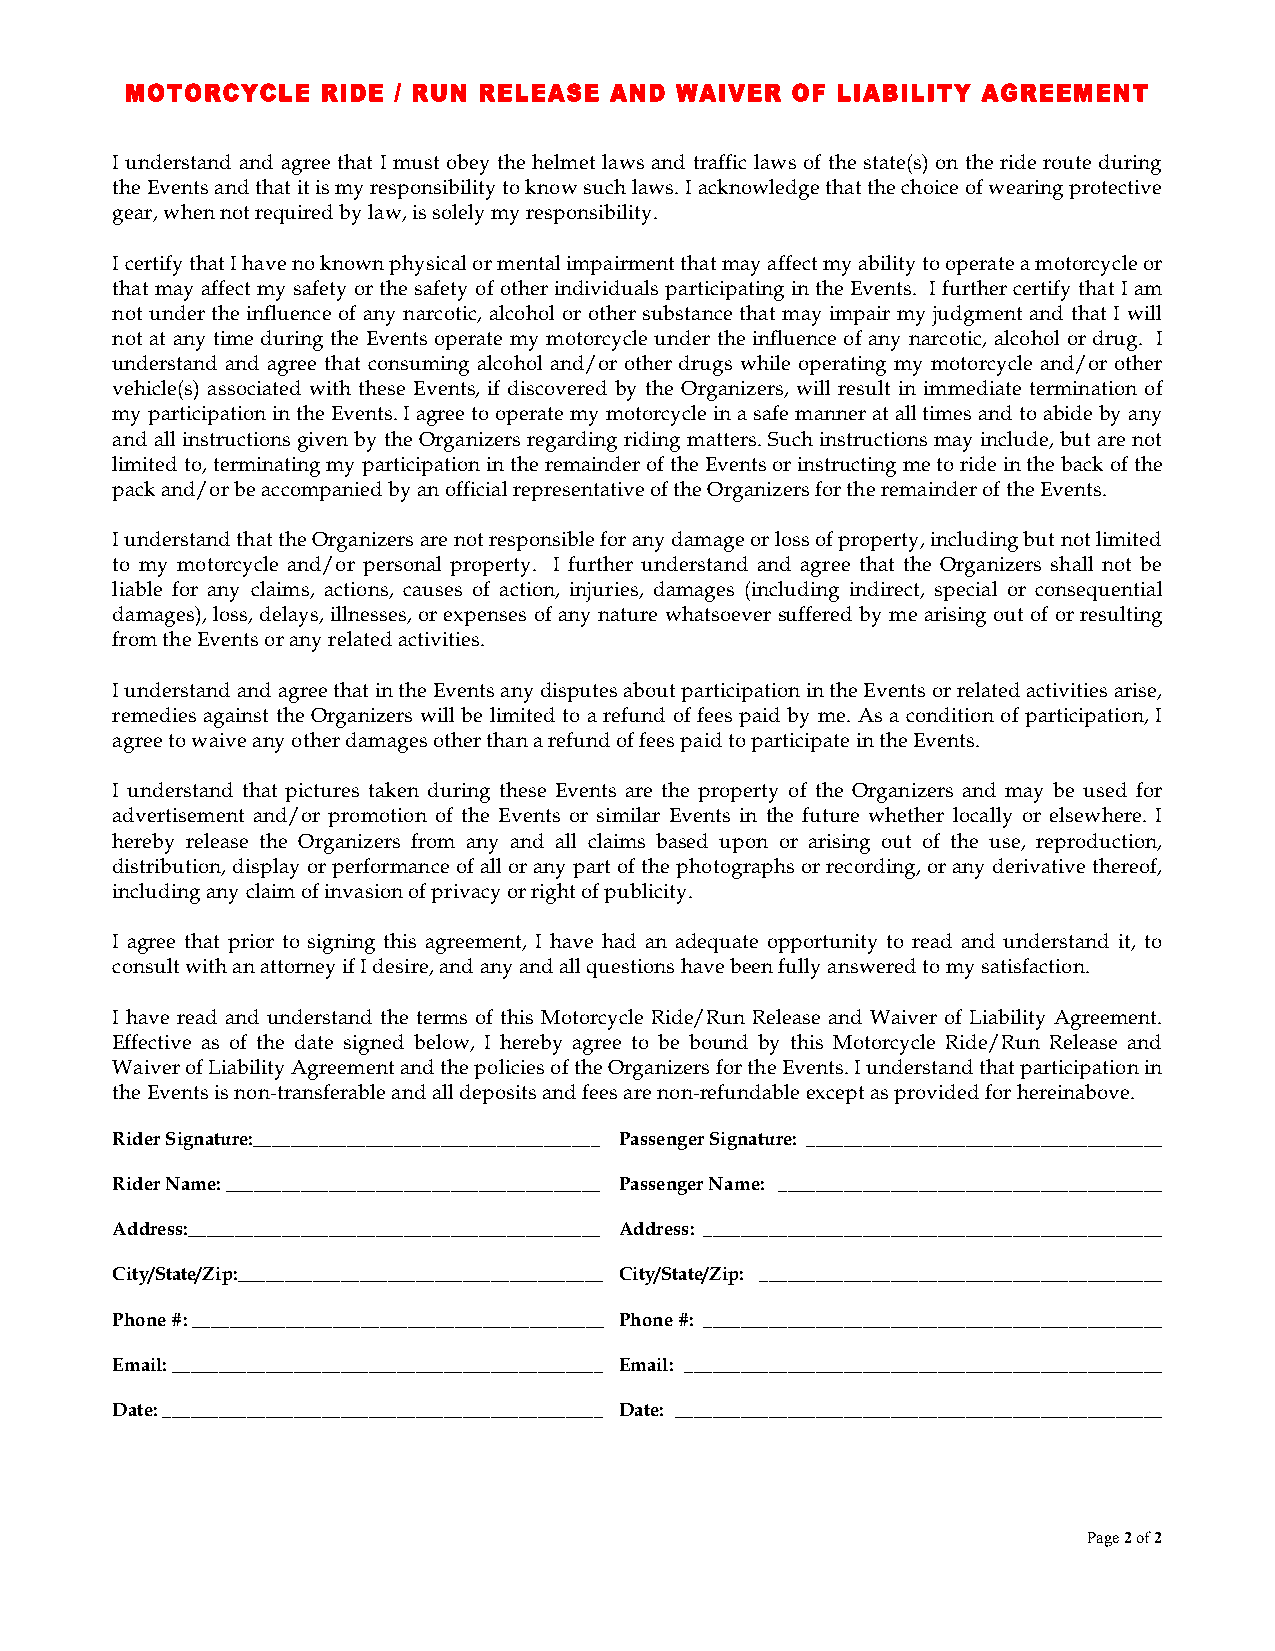
MOTORCYCLE   RIDE / RUN RELEASE AND  WAIVER OF LIABILITY AGREEMENT
 I understand and agree that I must obey the helmet laws and traffic laws of the state(s) on the ride route during
 the Events and that it is my responsibility to know such laws. I acknowledge that the choice of wearing protective
 gear, when not required by law, is solely my responsibility.
 I certify that I have no known physical or mental impairment that may affect my ability to operate a motorcycle or
 that may affect my safety or the safety of other individuals participating in the Events. I further certify that I am
 not under the influence of any narcotic, alcohol or other substance that may impair my judgment and that I will
 not at any time during the Events operate my motorcycle under the influence of any narcotic, alcohol or drug. I
 understand and agree that consuming alcohol and/or other drugs while operating my motorcycle and/or other
 vehicle(s) associated with these Events, if discovered by the Organizers, will result in immediate termination of
 my participation in the Events. I agree to operate my motorcycle in a safe manner at all times and to abide by any
 and all instructions given by the Organizers regarding riding matters. Such instructions may include, but are not
 limited to, terminating my participation in the remainder of the Events or instructing me to ride in the back of the
 pack and/or be accompanied by an official representative of the Organizers for the remainder of the Events.
 I understand that the Organizers are not responsible for any damage or loss of property, including but not limited
 to my motorcycle and/or personal property. I further understand and agree that the Organizers shall not be
 liable for any claims, actions, causes of action, injuries, damages (including indirect, special or consequential
 damages), loss, delays, illnesses, or expenses of any nature whatsoever suffered by me arising out of or resulting
 from the Events or any related activities.
 I understand and agree that in the Events any disputes about participation in the Events or related activities arise,
 remedies against the Organizers will be limited to a refund of fees paid by me. As a condition of participation, I
 agree to waive any other damages other than a refund of fees paid to participate in the Events.
 I understand that pictures taken during these Events are the property of the Organizers and may be used for
 advertisement and/or promotion of the Events or similar Events in the future whether locally or elsewhere. I
 hereby release the Organizers from any and all claims based upon or arising out of the use, reproduction,
 distribution, display or performance of all or any part of the photographs or recording, or any derivative thereof,
 including any claim of invasion of privacy or right of publicity.
 I agree that prior to signing this agreement, I have had an adequate opportunity to read and understand it, to
 consult with an attorney if I desire, and any and all questions have been fully answered to my satisfaction.
 I have read and understand the terms of this Motorcycle Ride/Run Release and Waiver of Liability Agreement.
 Effective as of the date signed below, I hereby agree to be bound by this Motorcycle Ride/Run Release and
 Waiver of Liability Agreement and the policies of the Organizers for the Events. I understand that participation in
 the Events is non-transferable and all deposits and fees are non-refundable except as provided for hereinabove.
 Rider Signature:_____________________________________ Passenger Signature: ______________________________________
 Rider Name: ________________________________________ Passenger Name: _________________________________________
 Address:____________________________________________ Address: _________________________________________________
 City/State/Zip:_______________________________________ City/State/Zip: ___________________________________________
 Phone #: ____________________________________________ Phone #: _________________________________________________
 Email: ______________________________________________ Email: ___________________________________________________
 Date: _______________________________________________ Date: ____________________________________________________
 Page 2 of 2